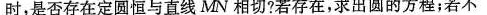
时，是否存在定圆恒与直线MN相切?若存在，求出圆的方程；若不